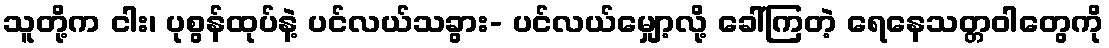
သူတို့က ငါး၊ ပုစွန်ထုပ်နဲ့ ပင်လယ်သခွား- ပင်လယ်မျှော့လို့ ခေါ်ကြတဲ့ ရေနေသတ္တဝါတွေကို